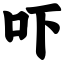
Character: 吓